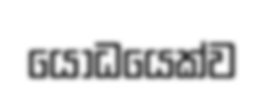
යෝධයෙක්ව